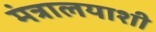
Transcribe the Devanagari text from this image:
मंत्रालयाशी